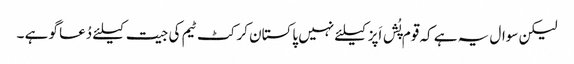
لیکن سوال یہ ہے کہ قوم پُش اَپز کیلئے نہیں پاکستان کرکٹ ٹیم کی جیت کیلئے دُعا گو ہے ۔